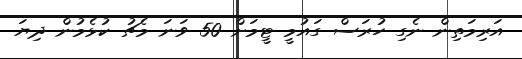
އަރިމަތިން ނެގި ހުރަސް ގައުމީ ޓީމަށް 50 ވަނަ މެޗު ކުޅެމުން ދިޔަ